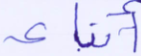
أنباء